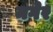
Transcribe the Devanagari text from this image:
मगेर